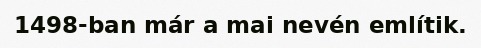
1498-ban már a mai nevén említik.